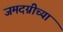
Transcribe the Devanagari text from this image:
जमदग्नीच्या